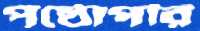
পৃষ্ঠোপরি